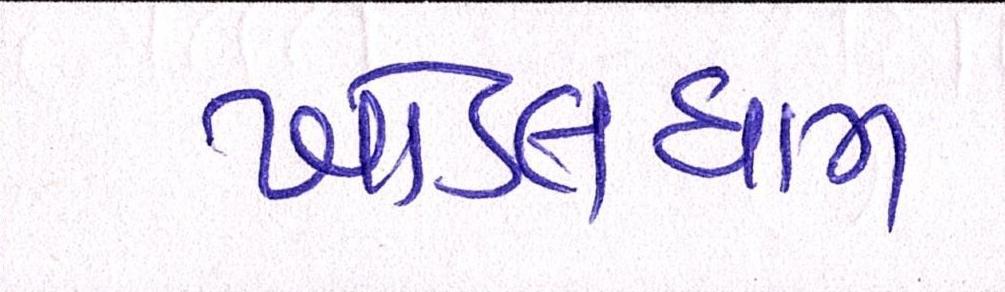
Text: ખોડલધામ